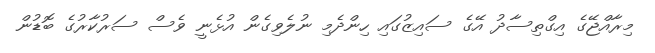
މިރާއްޖޭގެ އިގްތިސާދު އޭގެ ސައިޒުގައި ހިންދެމި ނުލެވިގެން އުޅެނީ ވެސް ސަރުކާރުގެ ބޮޑުން